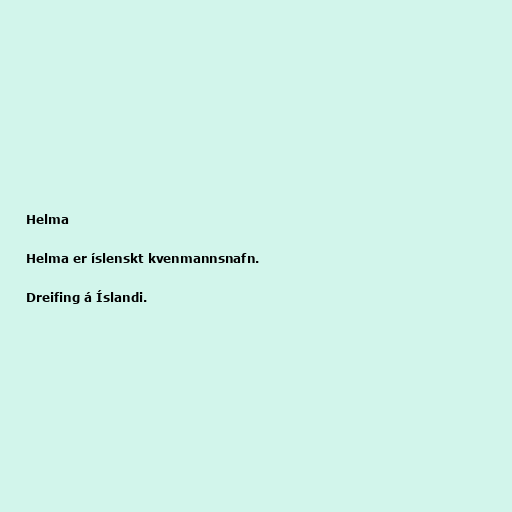
Helma

Helma er íslenskt kvenmannsnafn.

Dreifing á Íslandi.